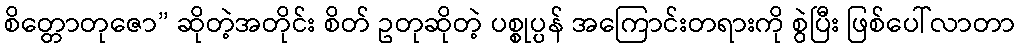
စိတ္တောတုဇော” ဆိုတဲ့အတိုင်း စိတ် ဥတုဆိုတဲ့ ပစ္စုပ္ပန် အကြောင်းတရားကို စွဲပြီး ဖြစ်ပေါ်လာတာ